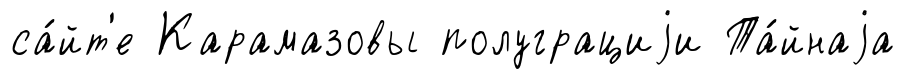
са́йт'е Карамазовы полуграциjи Та́йнаjа